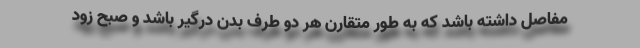
مفاصل داشته باشد که به طور متقارن هر دو طرف بدن درگیر باشد و صبح زود